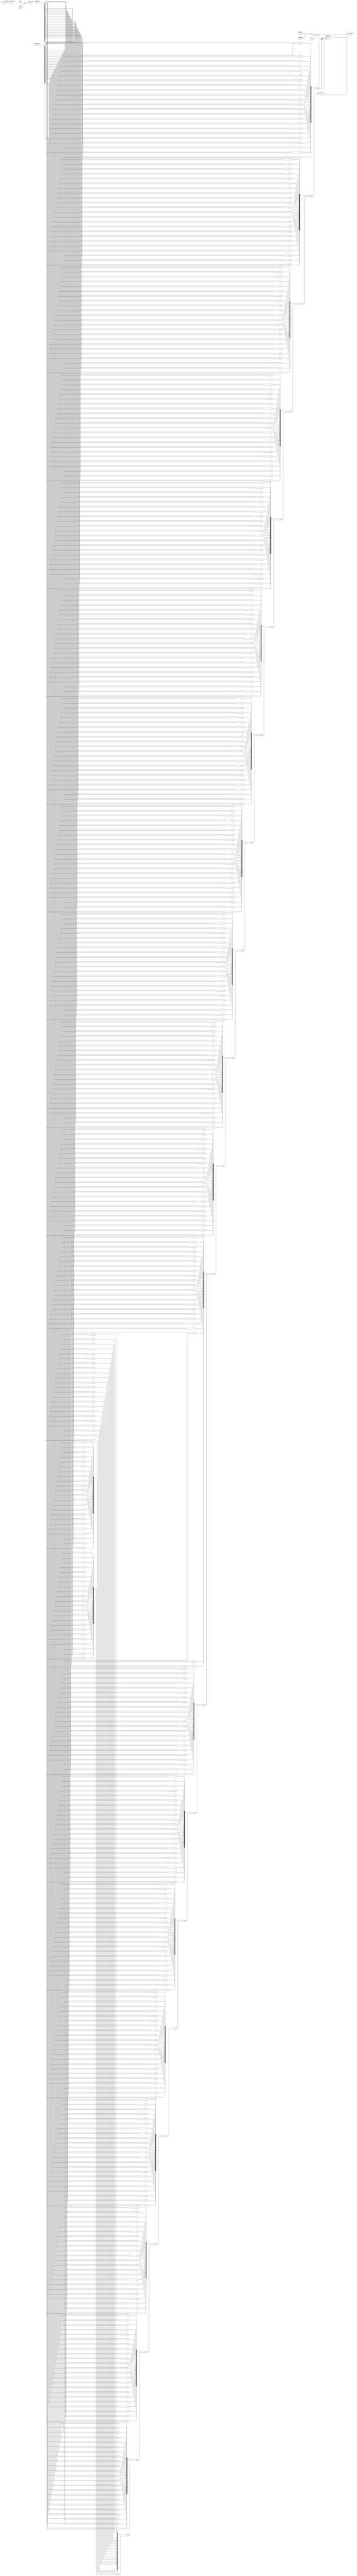
module FloatingPointWallaceTreeMultiplier #(
    parameter E = 8, // Number of exponent bits
    parameter M = 23  // Number of significand bits
)(
    input wire [E-1:0] exponent1,
    input wire [E-1:0] exponent2,
    input wire [M:0] significand1, // M bits + implicit leading bit
    input wire [M:0] significand2, // M bits + implicit leading bit
    input wire sign1,
    input wire sign2,
    output reg [E-1:0] result_exponent,
    output reg [M:0] result_significand,
    output reg result_sign
);

    // Bias for the exponent
    localparam BIAS = (1 << (E - 1)) - 1;

    // Intermediate signals
    wire [M:0] partial_products[0:M-1];
    wire [M+1:0] sum[M-1:0]; // To hold the sums in the Wallace tree
    wire [M+1:0] final_sum;
    wire [M:0] normalized_significand;
    wire [E-1:0] adjusted_exponent;
    wire [M:0] rounded_significand;

    // Generate partial products
    genvar i, j;
    generate
        for (i = 0; i < M; i = i + 1) begin : pp_gen
            for (j = 0; j < M; j = j + 1) begin : pp_inner
                assign partial_products[i][j] = significand1[i] & significand2[j];
            end
        end
    endgenerate

    // Wallace tree reduction (simplified for illustration)
    // This part should be expanded to fully implement the Wallace tree logic
    // Here we just sum the partial products directly for simplicity
    assign sum[0] = {1'b0, partial_products[0]};
    generate
        for (i = 1; i < M; i = i + 1) begin : sum_gen
            assign sum[i] = {1'b0, partial_products[i]} + sum[i-1];
        end
    endgenerate

    // Final sum
    assign final_sum = sum[M-1];

    // Exponent calculation
    always @(*) begin
        adjusted_exponent = exponent1 + exponent2 - BIAS;
        result_exponent = adjusted_exponent;
        result_sign = sign1 ^ sign2; // Sign calculation
    end

    // Normalization (simplified)
    always @(*) begin
        if (final_sum[M+1] == 1) begin
            // Already normalized
            result_significand = final_sum[M:1]; // Drop the leading bit
        end else begin
            // Shift right to normalize
            result_significand = final_sum[M:0] >> 1; // Shift right
            result_exponent = result_exponent + 1; // Adjust exponent
        end
    end

    // Rounding (simplified)
    always @(*) begin
        // Implement rounding logic here (e.g., round to nearest)
        // For simplicity, we will just truncate
        rounded_significand = result_significand[M:1]; // Truncate
        result_significand = rounded_significand;
    end

endmodule